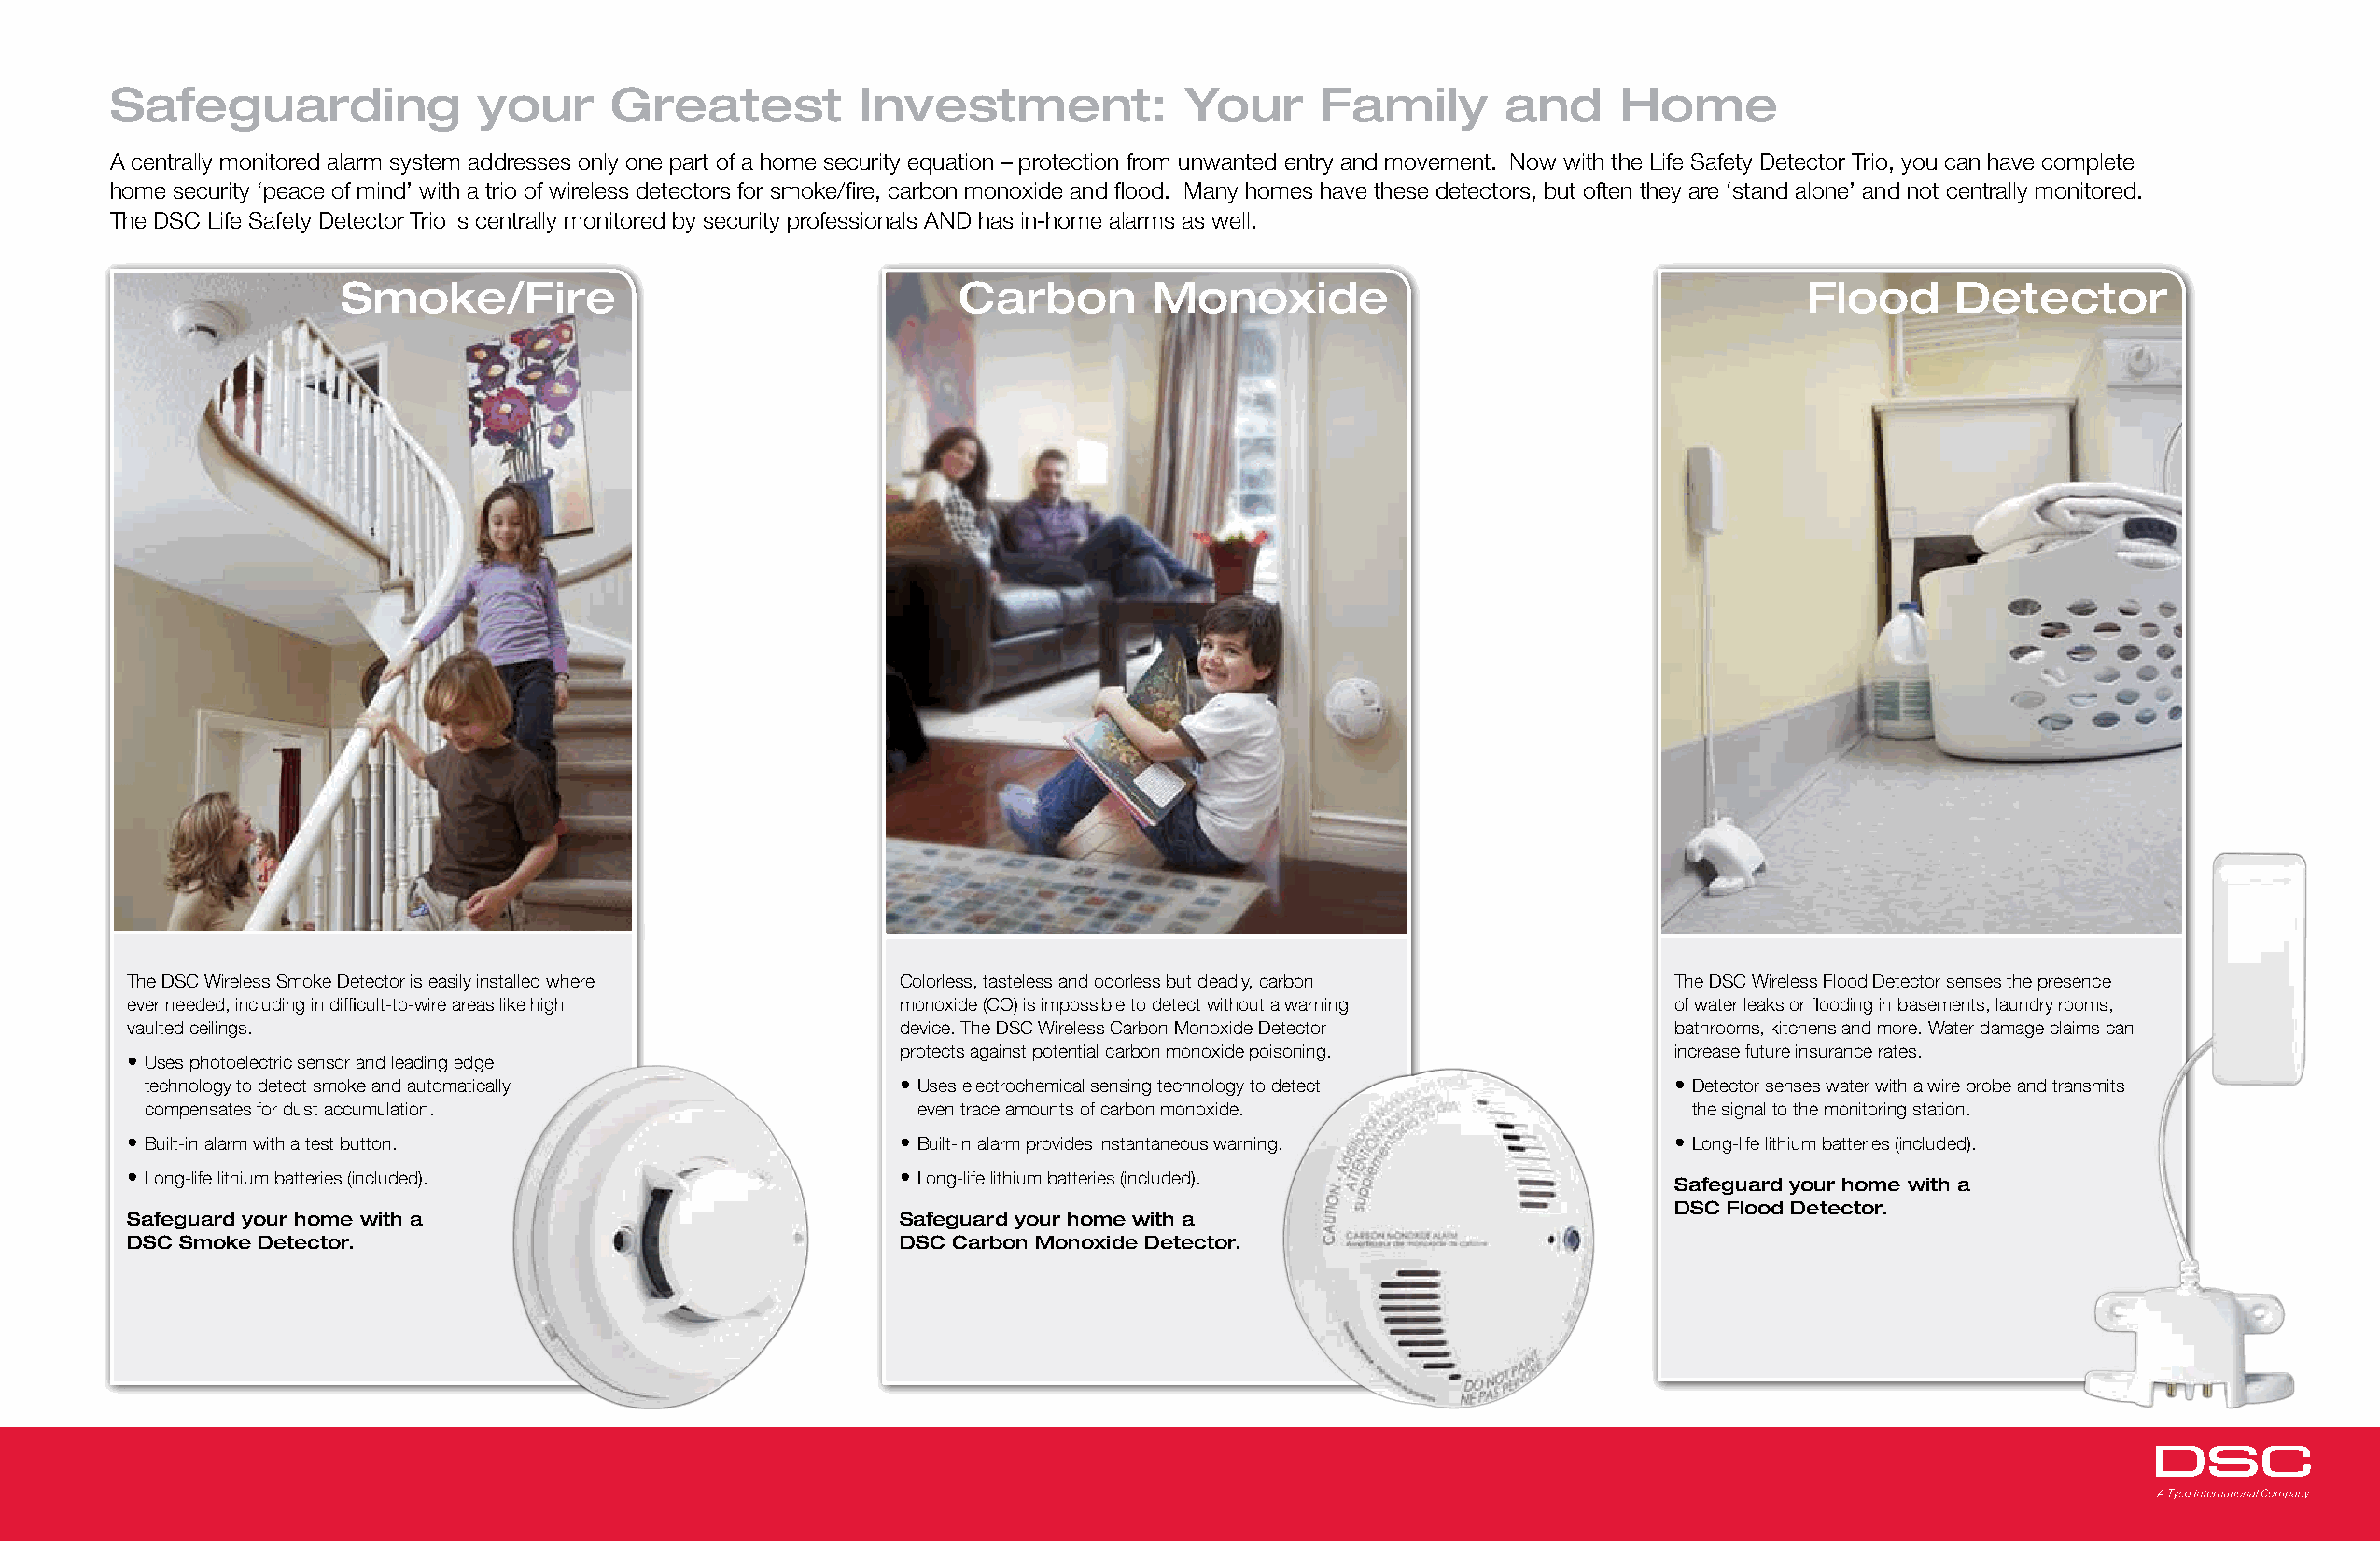
Safeguarding              your     Greatest          Investment:            Your      Family       and     Home
 A centrally monitored alarm system addresses only one part of a home security equation – protection from unwanted entry and movement. Now with the Life Safety Detector Trio, you can have complete
 home security ‘peace of mind’ with a trio of wireless detectors for smoke/fire, carbon monoxide and flood. Many homes have these detectors, but often they are ‘stand alone’ and not centrally monitored.
 The DSC Life Safety Detector Trio is centrally monitored by security professionals AND has in-home alarms as well.
 Smoke/Fire                                  Carbon        Monoxide                                      Flood      Detector
 The DSC Wireless Smoke Detector is easily installed where Colorless, tasteless and odorless but deadly, carbon The DSC Wireless Flood Detector senses the presence
 ever needed, including in difficult-to-wire areas like high monoxide (CO) is impossible to detect without a warning of water leaks or flooding in basements, laundry rooms,
 vaulted ceilings.                                      device. The DSC Wireless Carbon Monoxide Detector      bathrooms, kitchens and more. Water damage claims can
 protects against potential carbon monoxide poisoning.  increase future insurance rates.
 • Uses photoelectric sensor and leading edge
 technology to detect smoke and automatically          • Uses electrochemical sensing technology to detect    • Detector senses water with a wire probe and transmits
 compensates for dust accumulation.                     even trace amounts of carbon monoxide.                 the signal to the monitoring station.
 • Built-in alarm with a test button.                   • Built-in alarm provides instantaneous warning.       • Long-life lithium batteries (included).
 • Long-life lithium batteries (included).              • Long-life lithium batteries (included).
 Safeguard your home with a
 DSC Flood Detector.
 Safeguard your home with a                             Safeguard your home with a
 DSC Smoke Detector.                                    DSC Carbon Monoxide Detector.